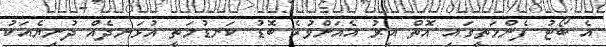
އެ ބޯޓު ފެންމަތީގައި އޮތް އިރު އެއަށްވުރެ ބޮޑު ކަނޑުމަތީ އުޅަނދެއް ދުނިޔެއަކު